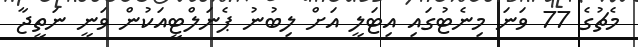
މެޗުގެ 77 ވަނަ މިނެޓުގައި އިޓަލީ އަށް ލިބުނު ޕެނަލްޓީއަކުން ވަނީ ނަތީޖާ